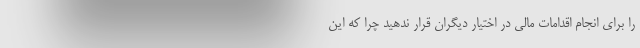
را برای انجام اقدامات مالی در اختیار دیگران قرار ندهید چرا که این